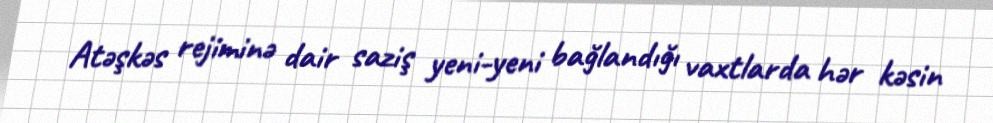
Atəşkəs rejiminə dair saziş yeni-yeni bağlandığı vaxtlarda hər kəsin